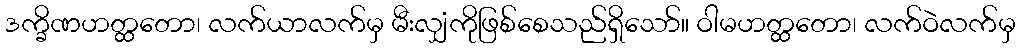
ဒက္ခိဏဟတ္ထတော၊ လက်ယာလက်မှ မီးလျှံကိုဖြစ်စေသည်ရှိသော်။ ဝါမဟတ္ထတော၊ လက်ဝဲလက်မှ